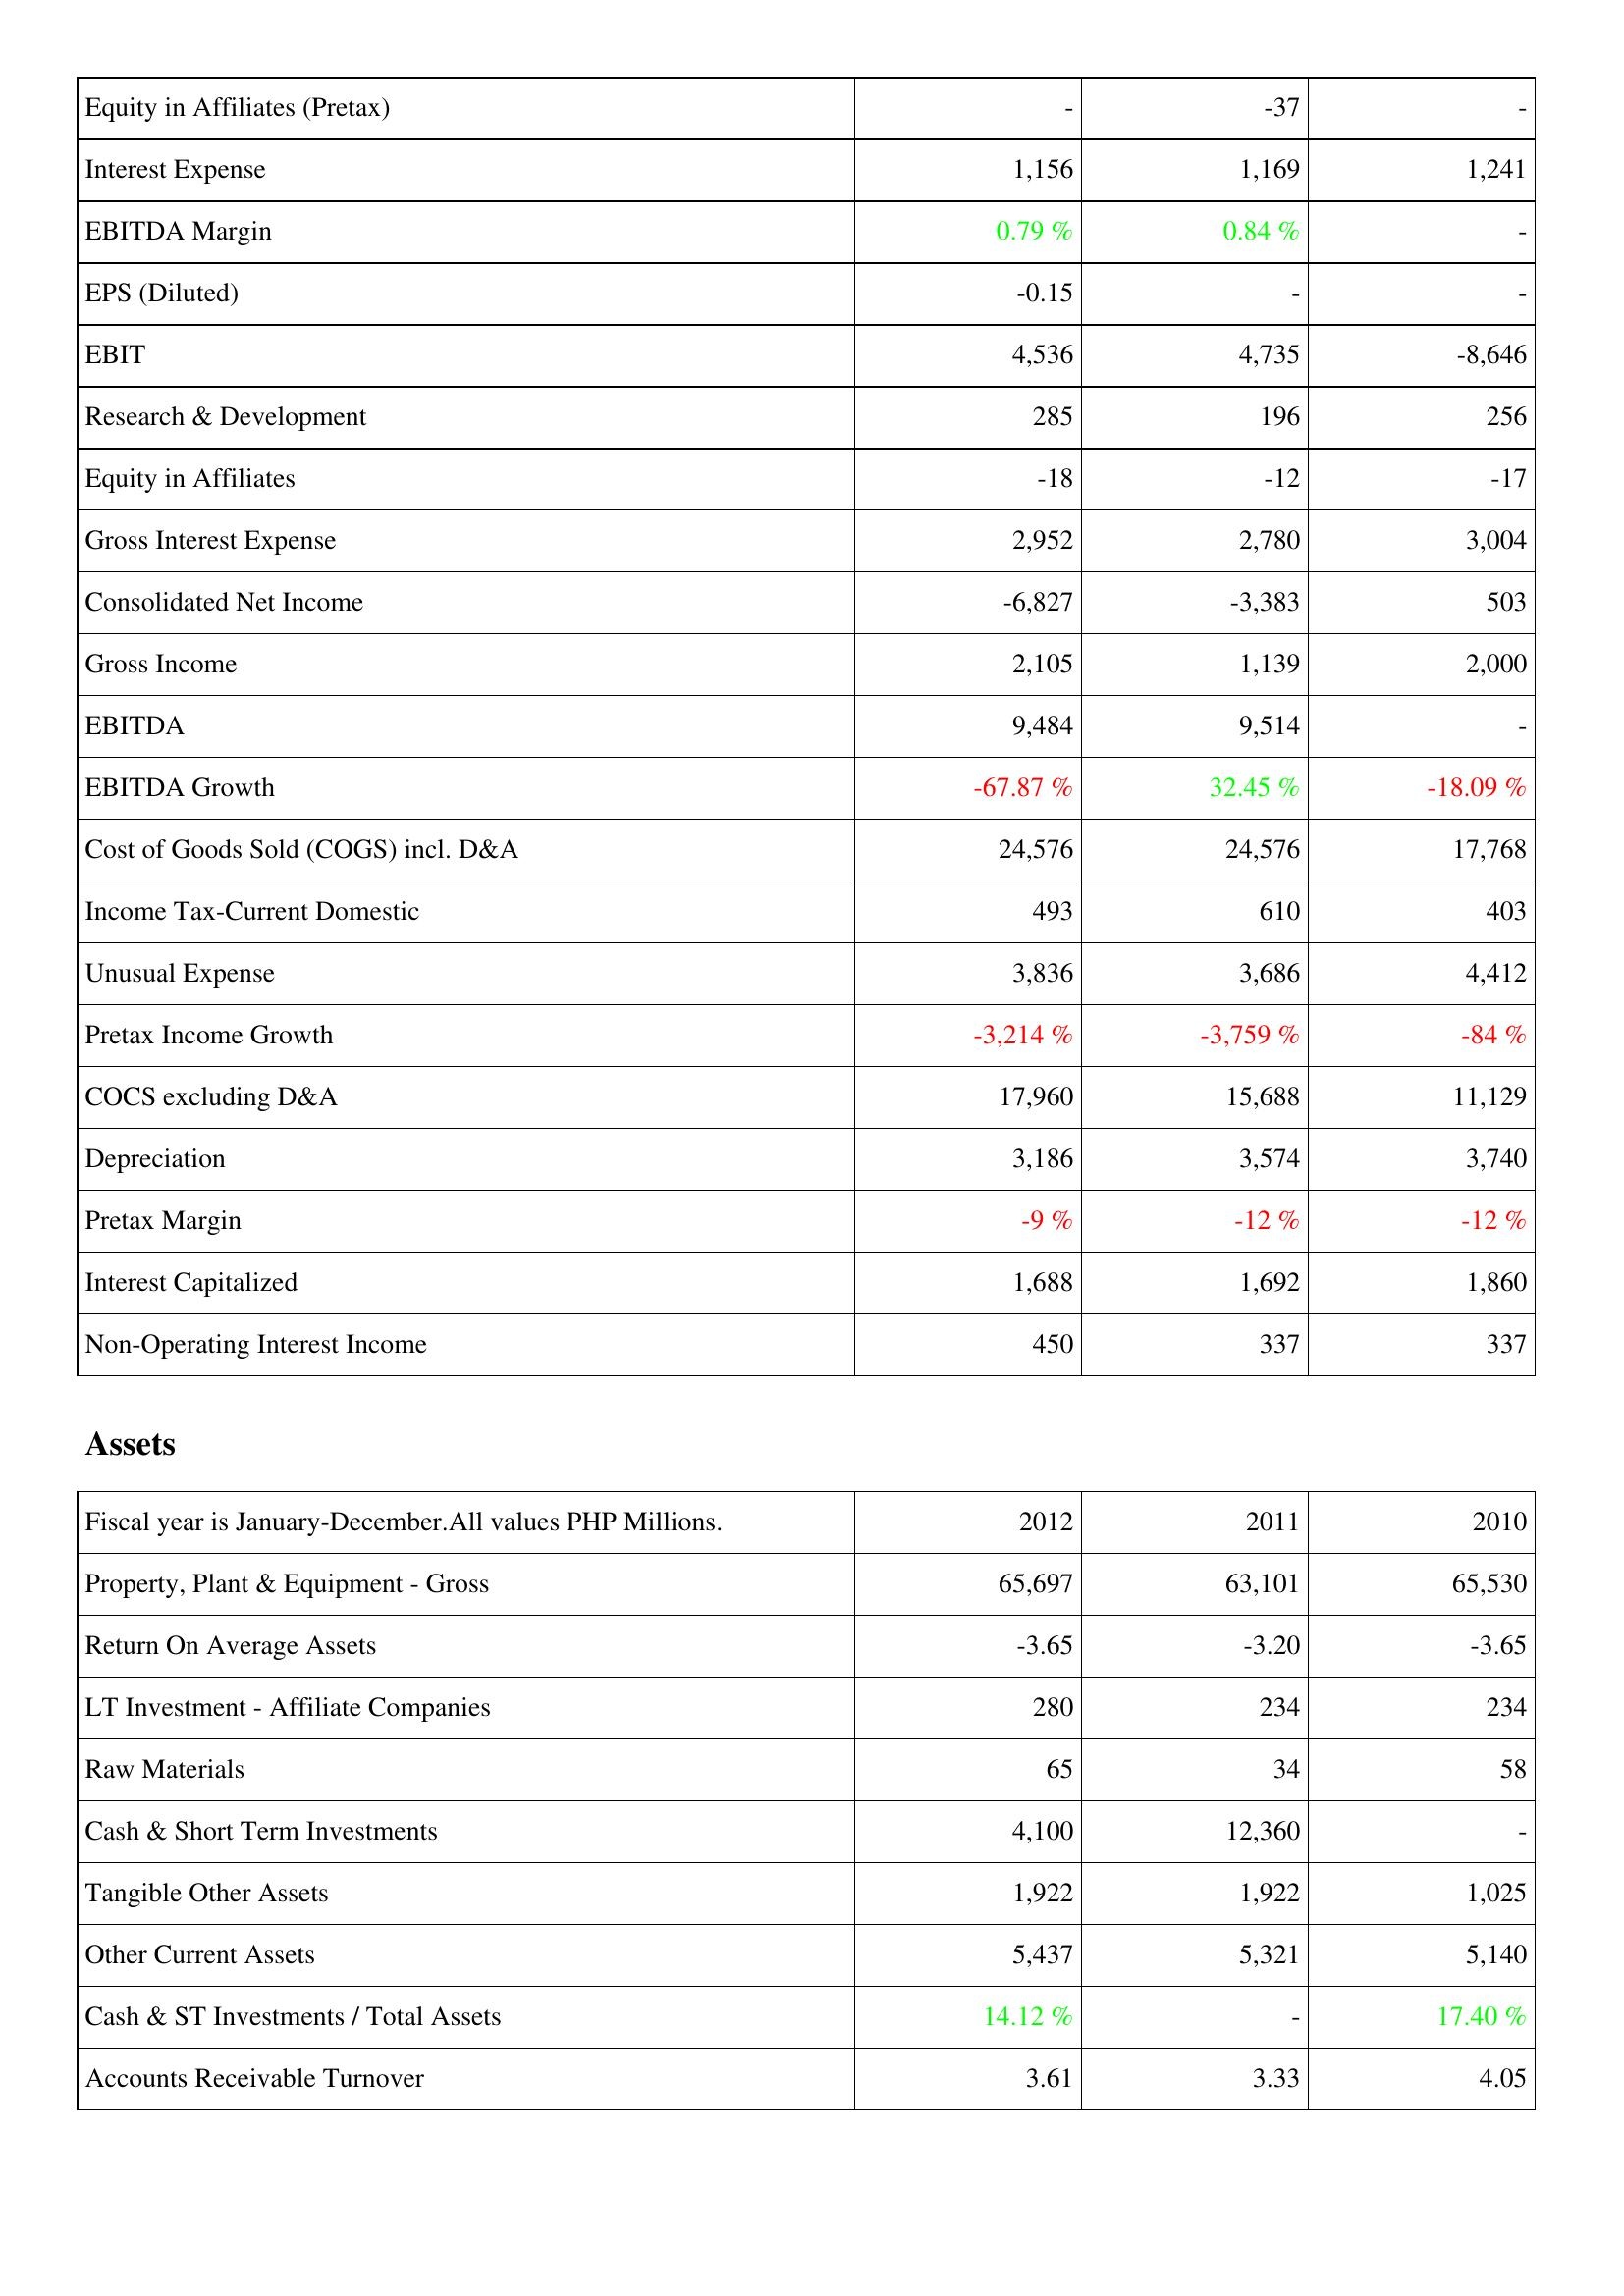
2012: Income Statement: Equity in Affiliates (Pretax): -
Interest Expense: 1,156
EBITDA Margin: 0.79 %
EPS (Diluted): -0.15
EBIT: 4,536
Research & Development: 285
Equity in Affiliates: -18
Gross Interest Expense: 2,952
Consolidated Net Income: -6,827
Gross Income: 2,105
EBITDA: 9,484
EBITDA Growth: -67.87 %
Cost of Goods Sold (COGS) incl. D&A: 24,576
Income Tax-Current Domestic: 493
Unusual Expense: 3,836
Pretax Income Growth: -3,214 %
COCS excluding D&A: 17,960
Depreciation: 3,186
Pretax Margin: -9 %
Interest Capitalized: 1,688
Non-Operating Interest Income: 450
Assets: Property, Plant & Equipment - Gross: 65,697
Return On Average Assets: -3.65
LT Investment - Affiliate Companies: 280
Raw Materials: 65
Cash & Short Term Investments: 4,100
Tangible Other Assets: 1,922
Other Current Assets: 5,437
Cash & ST Investments / Total Assets: 14.12 %
Accounts Receivable Turnover: 3.61
2011: Income Statement: Equity in Affiliates (Pretax): -37
Interest Expense: 1,169
EBITDA Margin: 0.84 %
EPS (Diluted): -
EBIT: 4,735
Research & Development: 196
Equity in Affiliates: -12
Gross Interest Expense: 2,780
Consolidated Net Income: -3,383
Gross Income: 1,139
EBITDA: 9,514
EBITDA Growth: 32.45 %
Cost of Goods Sold (COGS) incl. D&A: 24,576
Income Tax-Current Domestic: 610
Unusual Expense: 3,686
Pretax Income Growth: -3,759 %
COCS excluding D&A: 15,688
Depreciation: 3,574
Pretax Margin: -12 %
Interest Capitalized: 1,692
Non-Operating Interest Income: 337
Assets: Property, Plant & Equipment - Gross: 63,101
Return On Average Assets: -3.20
LT Investment - Affiliate Companies: 234
Raw Materials: 34
Cash & Short Term Investments: 12,360
Tangible Other Assets: 1,922
Other Current Assets: 5,321
Cash & ST Investments / Total Assets: -
Accounts Receivable Turnover: 3.33
2010: Income Statement: Equity in Affiliates (Pretax): -
Interest Expense: 1,241
EBITDA Margin: -
EPS (Diluted): -
EBIT: -8,646
Research & Development: 256
Equity in Affiliates: -17
Gross Interest Expense: 3,004
Consolidated Net Income: 503
Gross Income: 2,000
EBITDA: -
EBITDA Growth: -18.09 %
Cost of Goods Sold (COGS) incl. D&A: 17,768
Income Tax-Current Domestic: 403
Unusual Expense: 4,412
Pretax Income Growth: -84 %
COCS excluding D&A: 11,129
Depreciation: 3,740
Pretax Margin: -12 %
Interest Capitalized: 1,860
Non-Operating Interest Income: 337
Assets: Property, Plant & Equipment - Gross: 65,530
Return On Average Assets: -3.65
LT Investment - Affiliate Companies: 234
Raw Materials: 58
Cash & Short Term Investments: -
Tangible Other Assets: 1,025
Other Current Assets: 5,140
Cash & ST Investments / Total Assets: 17.40 %
Accounts Receivable Turnover: 4.05